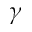
\gamma